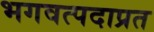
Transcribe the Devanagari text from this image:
भगवत्पदाप्रत